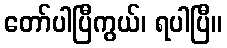
တော်ပါပြီကွယ်၊ ရပါပြီ။